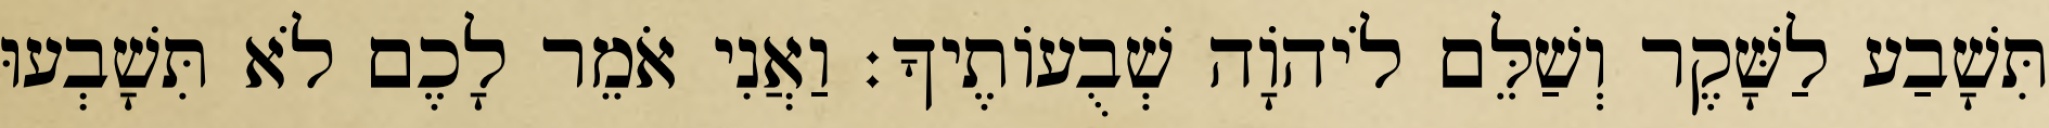
תִּשָׁבַע לַשָּׁקֶר וְשַׁלֵּם לֹיהוָֹה שְׁבֻעוֹתֶיךָ׃ וַאֲנִי אֹמֵר לָכֶם לֹא תִּשָׁבְעוּ